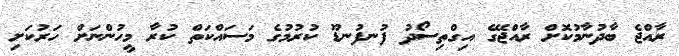
ރާއްޖެ ބާދުނާމުކޮށް ރާއްޖޭގެ އިގްތިސޯދު ފުނފުނޑޫ ކުރުމުގެ މަސައްކަތް ކުރާ މީހުންނަށް ހަރުކަށި